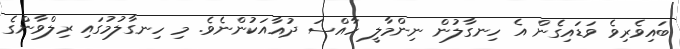
ބައިވެރިވެ ވަޑައިގެން އެ ހިނގާލުން ނިންމާލީ ހާއްސަ ދުއާއަކުންނެވެ. މި ހިނގާލުމުގައި ރިލްވާންގެ